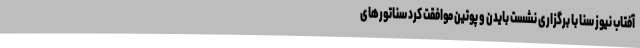
آفتاب نیوز سنا با برگزاری نشست بایدن و پوتین موافقت کرد سناتورهای